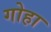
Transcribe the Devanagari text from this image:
गोहा